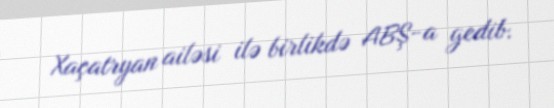
Xaçatryan ailəsi ilə birlikdə ABŞ-a gedib.